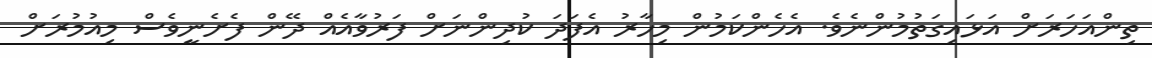
ތިންއަހަރަށް އަޅައިގަތުމުންނެވެ. އެހެންކަމުން މިހާރު އެފަދަ ކުދިންނަށް ފަރުވާއެއް ދޭން ފެށެނީވެސް މިއުމުރަށް